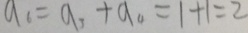
a _ { 6 } = a _ { 3 } + a _ { 4 } = 1 + 1 = 2